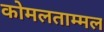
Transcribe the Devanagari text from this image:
कोमलताम्मल